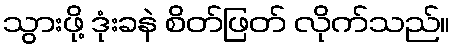
သွားဖို့ ဒုံးခနဲ စိတ်ဖြတ် လိုက်သည်။